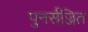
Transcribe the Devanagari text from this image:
पुनर्सज्जित